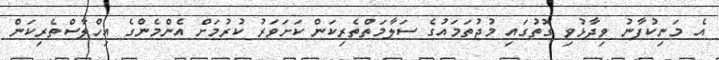
އެ މަނިކުފާނު ވިދާޅުވި ގޮތުގައި މުޖުތަމައުގެ ސަލާމަތްތެރިކަން ކަށަވަރު ކުރުމަށް އެންމެންގެ އިހްލާސްތެރިކަން